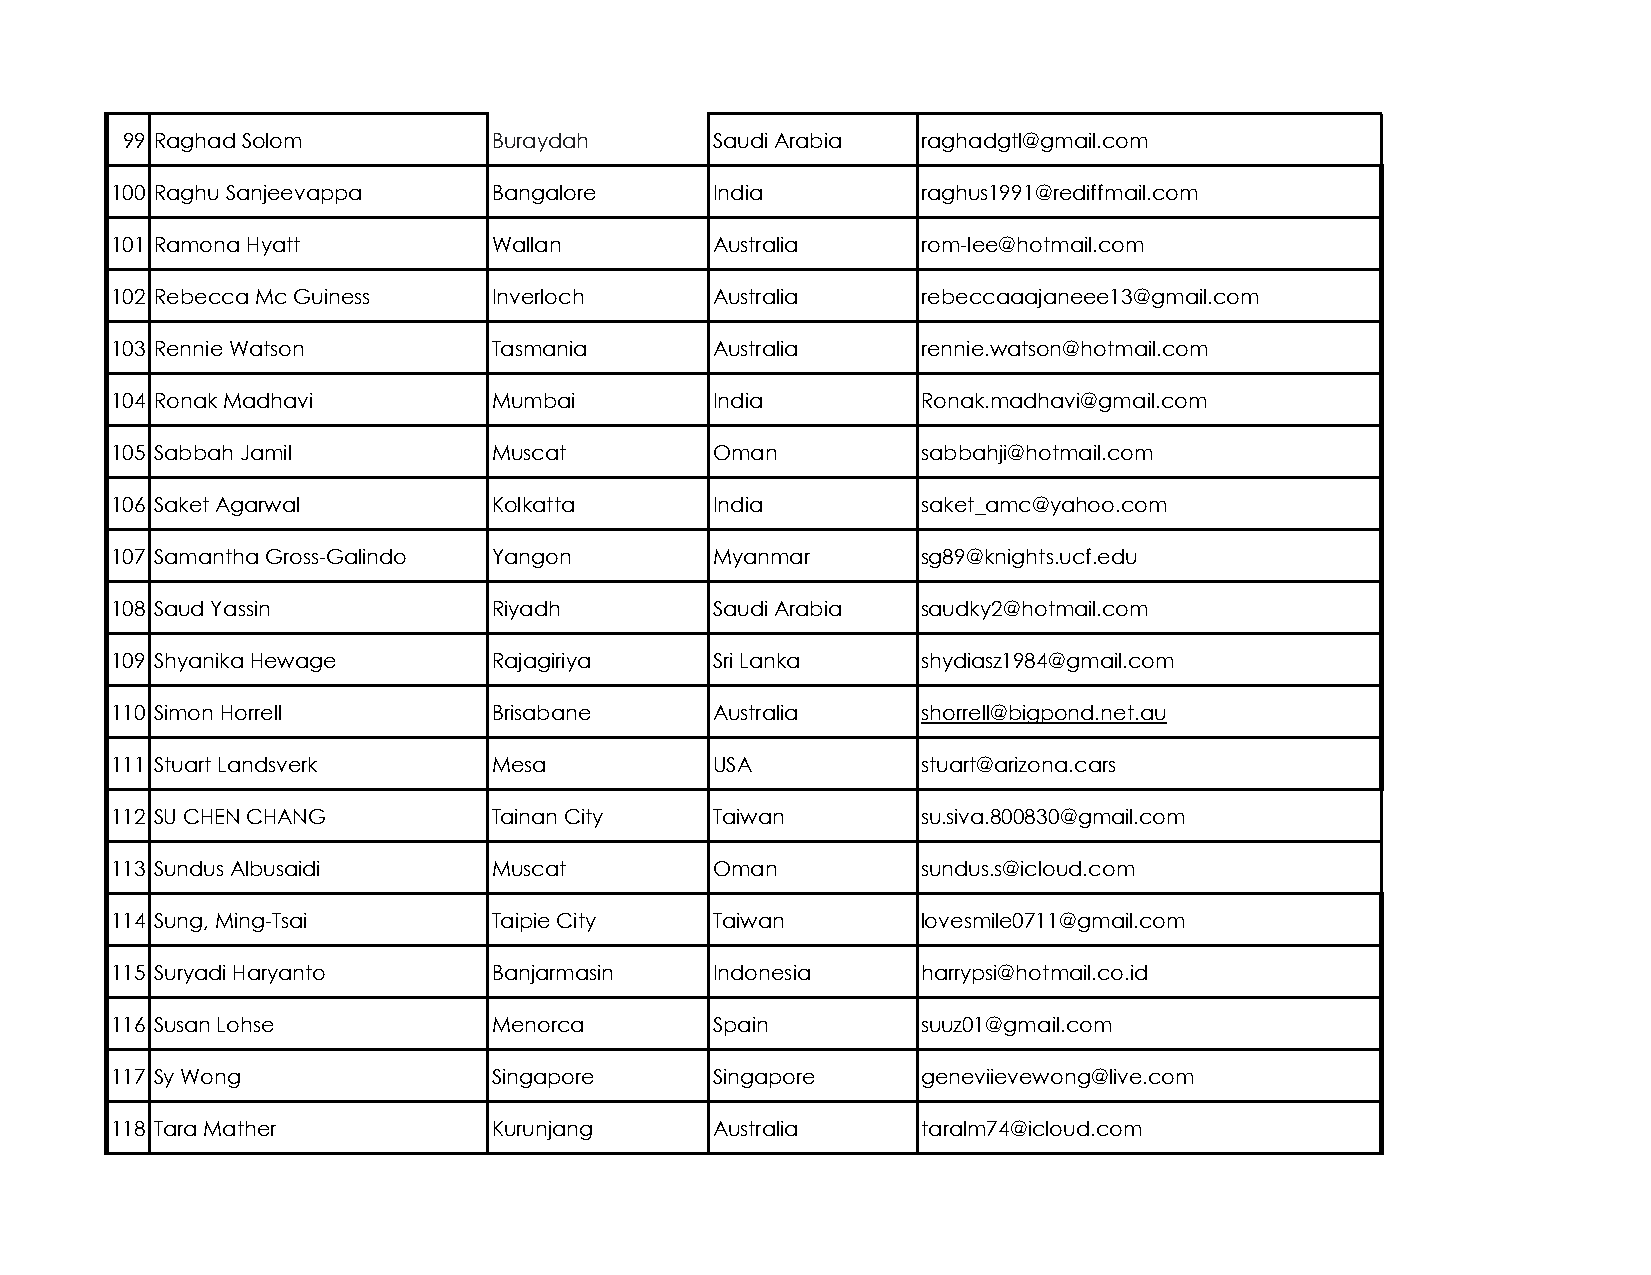
99 Raghad Solom          Buraydah      Saudi Arabia  raghadgtl@gmail.com
 100 Raghu Sanjeevappa     Bangalore     India         raghus1991@rediffmail.com
 101 Ramona Hyatt          Wallan        Australia     rom-lee@hotmail.com
 102 Rebecca Mc Guiness    Inverloch     Australia     rebeccaaajaneee13@gmail.com
 103 Rennie Watson         Tasmania      Australia     rennie.watson@hotmail.com
 104 Ronak Madhavi         Mumbai        India         Ronak.madhavi@gmail.com
 105 Sabbah Jamil          Muscat        Oman          sabbahji@hotmail.com
 106 Saket Agarwal         Kolkatta      India         saket_amc@yahoo.com
 107 Samantha Gross-Galindo Yangon       Myanmar       sg89@knights.ucf.edu
 108 Saud Yassin           Riyadh        Saudi Arabia  saudky2@hotmail.com
 109 Shyanika Hewage       Rajagiriya    Sri Lanka     shydiasz1984@gmail.com
 110 Simon Horrell         Brisabane     Australia     shorrell@bigpond.net.au
 111 Stuart Landsverk      Mesa          USA           stuart@arizona.cars
 112 SU CHEN CHANG         Tainan City   Taiwan        su.siva.800830@gmail.com
 113 Sundus Albusaidi      Muscat        Oman          sundus.s@icloud.com
 114 Sung, Ming-Tsai       Taipie City   Taiwan        lovesmile0711@gmail.com
 115 Suryadi Haryanto      Banjarmasin   Indonesia     harrypsi@hotmail.co.id
 116 Susan Lohse           Menorca       Spain         suuz01@gmail.com
 117 Sy Wong               Singapore     Singapore     geneviievewong@live.com
 118 Tara Mather           Kurunjang     Australia     taralm74@icloud.com